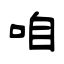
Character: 咱